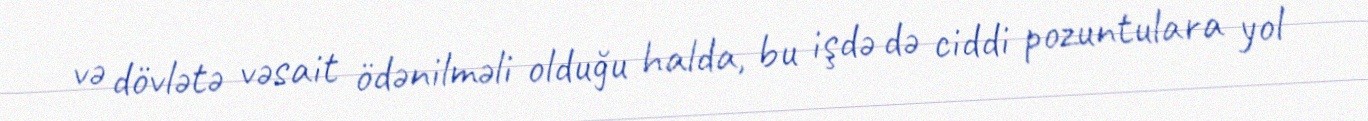
və dövlətə vəsait ödənilməli olduğu halda, bu işdə də ciddi pozuntulara yol